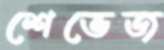
শেভেজ